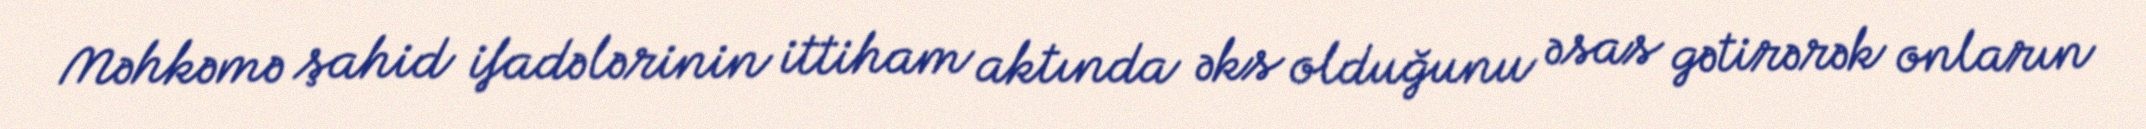
Məhkəmə şahid ifadələrinin ittiham aktında əks olduğunu əsas gətirərək onların